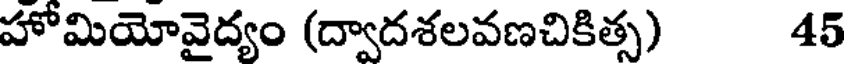
హోమియోవైద్యం (ద్వాదశలవణచికిత్స) 45